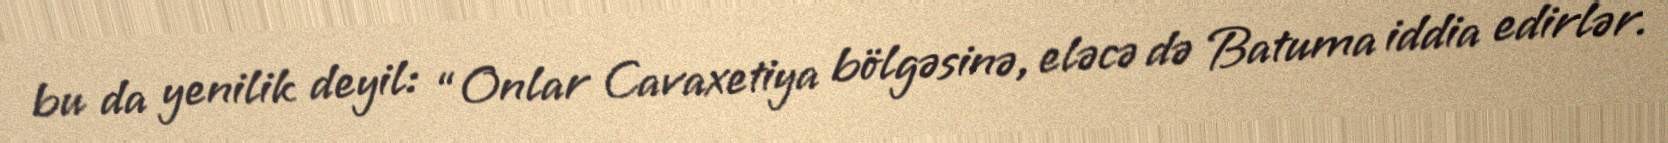
bu da yenilik deyil: “Onlar Cavaxetiya bölgəsinə, eləcə də Batuma iddia edirlər.